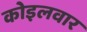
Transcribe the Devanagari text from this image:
कोइलवार